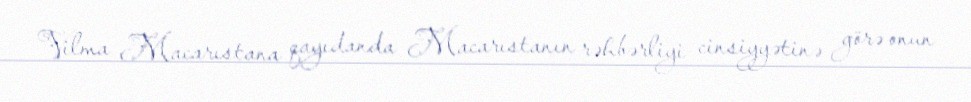
Vilma Macarıstana qayıdanda Macarıstanın rəhbərliyi cinsiyyətinə görə onun